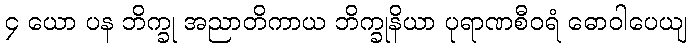
၄ ယော ပန ဘိက္ခု အညာတိကာယ ဘိက္ခုနိယာ ပုရာဏစီဝရံ ဓောဝါပေယျ